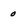
Character: o